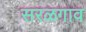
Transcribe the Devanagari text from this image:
सरळगाव